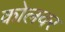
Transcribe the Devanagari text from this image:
कोलवर